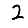
Digit: 2